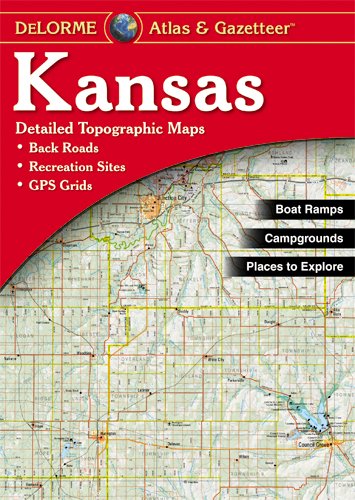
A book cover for Kansas Atlas & Gazetteer; Delorme; Travel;